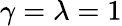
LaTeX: \gamma=\lambda=1